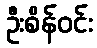
ဦးစိန်ဝင်း